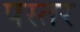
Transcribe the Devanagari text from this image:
पस्तर